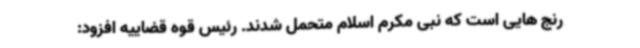
رنج هایی است که نبی مکرم اسلام متحمل شدند. رئیس قوه قضاییه افزود: